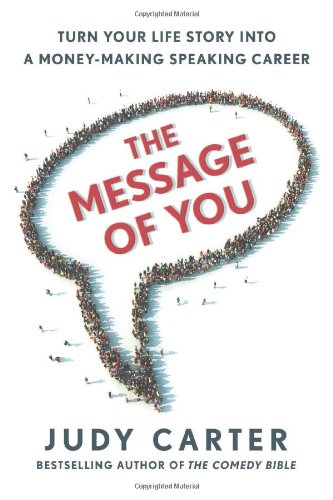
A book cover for The Message of You: Turn Your Life Story into a Money-Making Speaking Career; Judy Carter; Reference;